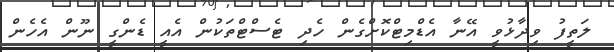
ލަތީފު ވިދާޅުވީ އޭނާ އެޑްމިޓްކޮށްގެން ހެދި ޓެސްޓްތަކުން އެއީ ޑެންގީ ނޫން އެހެން